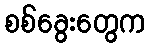
စစ်ခွေးတွေက